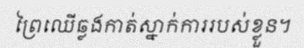
ព្រៃឈើឆ្លងកាត់ស្នាក់ការរបស់ខ្លួន។